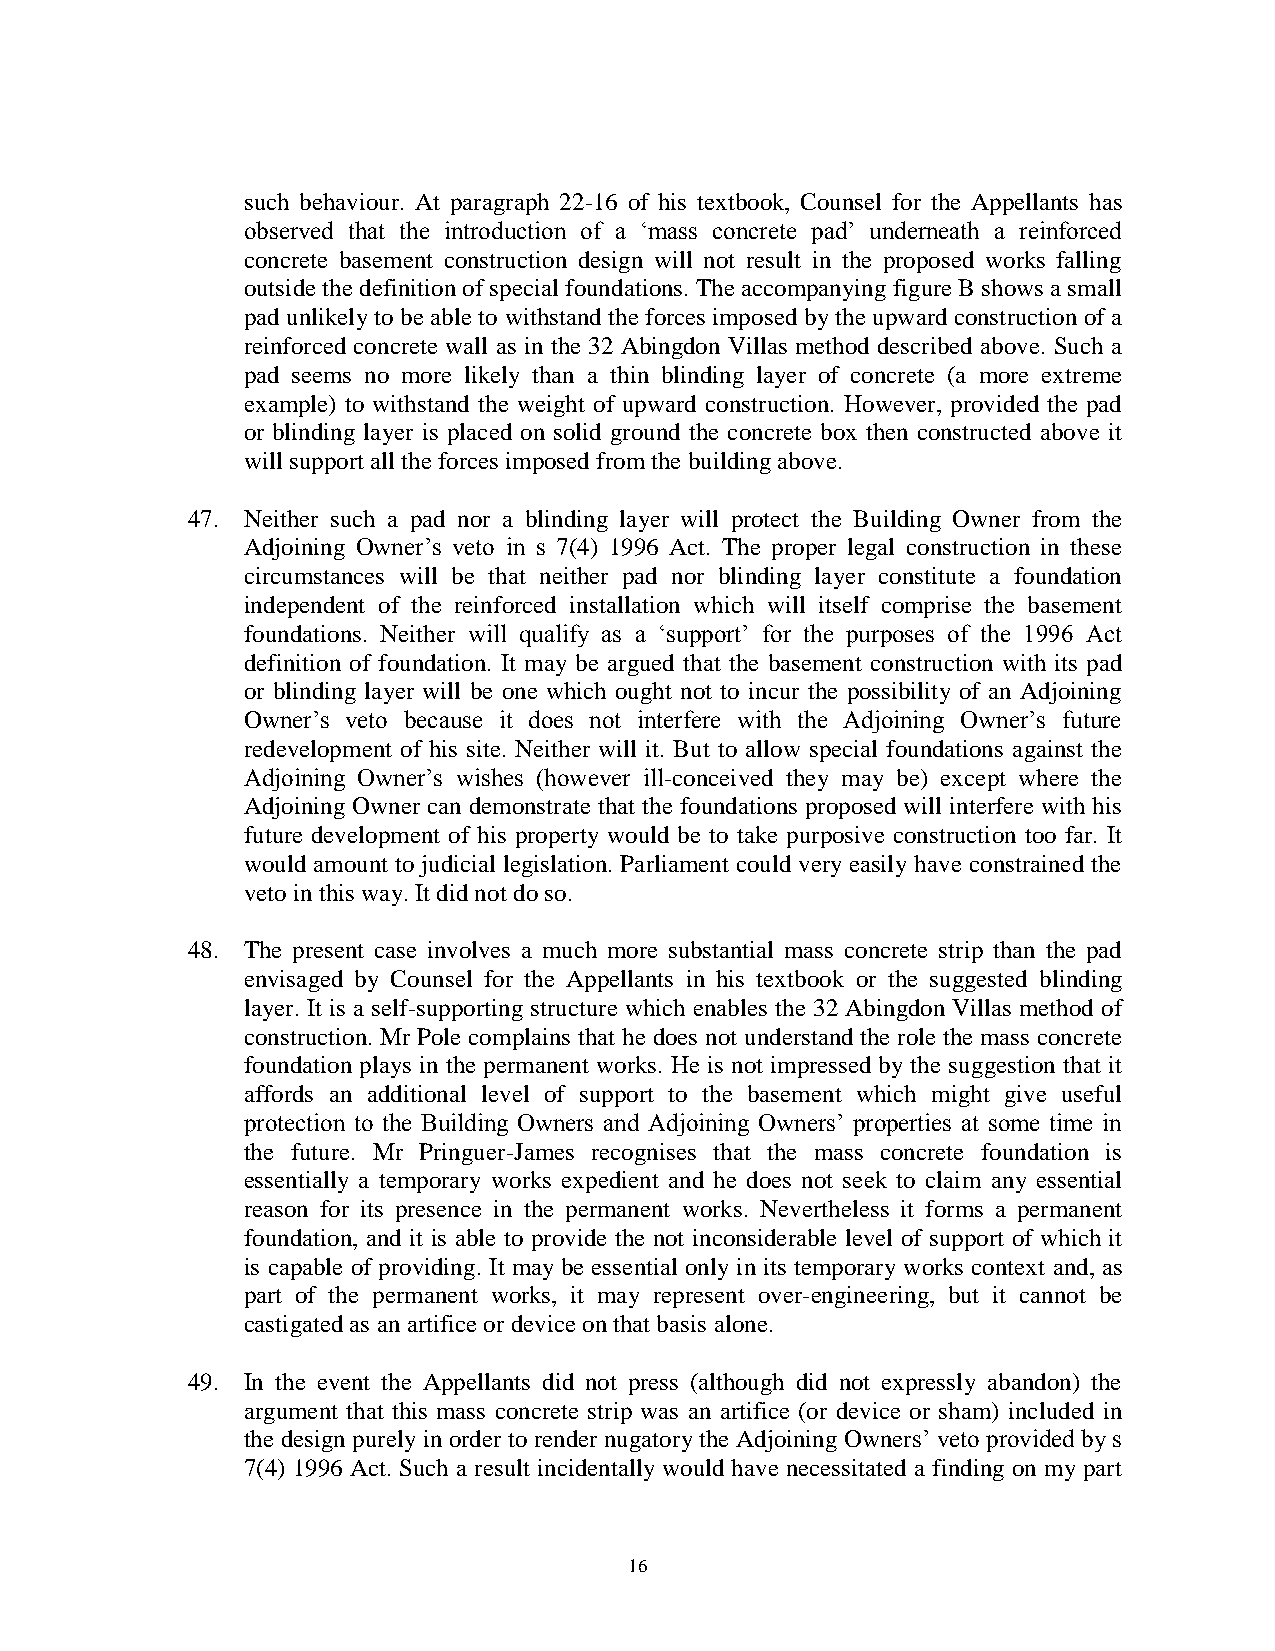
such behaviour. At paragraph 22-16 of his textbook, Counsel for the Appellants has
 observed that the introduction of a ‘mass concrete pad’ underneath a reinforced
 concrete basement construction design will not result in the proposed works falling
 outside the definition of special foundations. The accompanying figure B shows a small
 pad unlikely to be able to withstand the forces imposed by the upward construction of a
 reinforced concrete wall as in the 32 Abingdon Villas method described above. Such a
 pad seems no more likely than a thin blinding layer of concrete (a more extreme
 example) to withstand the weight of upward construction. However, provided the pad
 or blinding layer is placed on solid ground the concrete box then constructed above it
 will support all the forces imposed from the building above.
 47. Neither such a pad nor a blinding layer will protect the Building Owner from the
 Adjoining Owner’s veto in s 7(4) 1996 Act. The proper legal construction in these
 circumstances will be that neither pad nor blinding layer constitute a foundation
 independent of the reinforced installation which will itself comprise the basement
 foundations. Neither will qualify as a ‘support’ for the purposes of the 1996 Act
 definition of foundation. It may be argued that the basement construction with its pad
 or blinding layer will be one which ought not to incur the possibility of an Adjoining
 Owner’s veto because it does not interfere with the Adjoining Owner’s future
 redevelopment of his site. Neither will it. But to allow special foundations against the
 Adjoining Owner’s wishes (however ill-conceived they may be) except where the
 Adjoining Owner can demonstrate that the foundations proposed will interfere with his
 future development of his property would be to take purposive construction too far. It
 would amount to judicial legislation. Parliament could very easily have constrained the
 veto in this way. It did not do so.
 48. The present case involves a much more substantial mass concrete strip than the pad
 envisaged by Counsel for the Appellants in his textbook or the suggested blinding
 layer. It is a self-supporting structure which enables the 32 Abingdon Villas method of
 construction. Mr Pole complains that he does not understand the role the mass concrete
 foundation plays in the permanent works. He is not impressed by the suggestion that it
 affords an additional level of support to the basement which might give useful
 protection to the Building Owners and Adjoining Owners’ properties at some time in
 the future. Mr Pringuer-James recognises that the mass concrete foundation is
 essentially a temporary works expedient and he does not seek to claim any essential
 reason for its presence in the permanent works. Nevertheless it forms a permanent
 foundation, and it is able to provide the not inconsiderable level of support of which it
 is capable of providing. It may be essential only in its temporary works context and, as
 part of the permanent works, it may represent over-engineering, but it cannot be
 castigated as an artifice or device on that basis alone.
 49. In the event the Appellants did not press (although did not expressly abandon) the
 argument that this mass concrete strip was an artifice (or device or sham) included in
 the design purely in order to render nugatory the Adjoining Owners’ veto provided by s
 7(4) 1996 Act. Such a result incidentally would have necessitated a finding on my part
 16